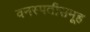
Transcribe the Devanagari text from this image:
वनस्पतीसमूह